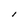
Character: l